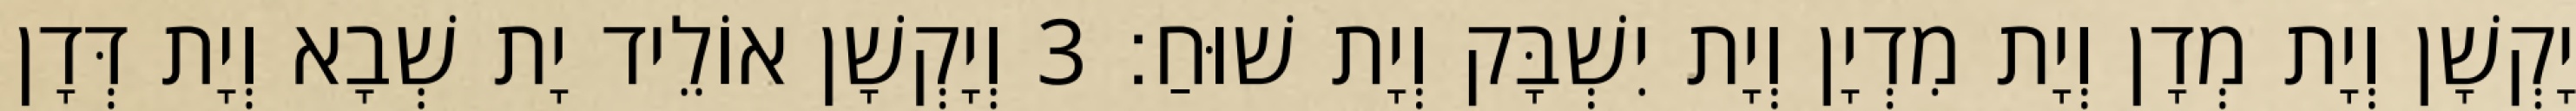
יָקְשָׁן וְיָת מְדָן וְיָת מִדְיָן וְיָת יִשְׁבָּק וְיָת שׁוּחַ׃ 3 וְיָקְשָׁן אוֹלֵיד יָת שְׁבָא וְיָת דְּדָן